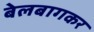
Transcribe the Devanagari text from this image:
बेलबागकर